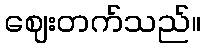
ဈေးတက်သည်။